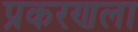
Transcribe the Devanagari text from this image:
प्रकरणला